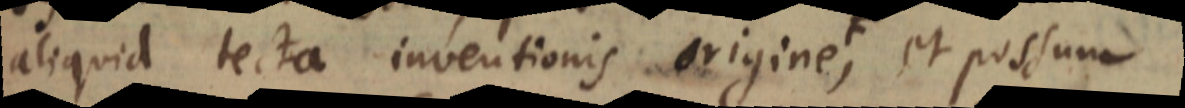
aliquid tecta inventionis origine F, et possum